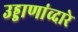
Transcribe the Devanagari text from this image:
उड्डाणांव्दारे